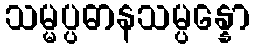
သမ္မပ္ပဓာနသမ္ပန္နော